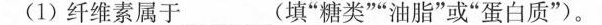
(1)纤维素属于_(填”糖类””油脂”或”蛋白质”)。